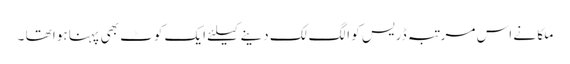
ملکا نے اس مرتبہ ڈریس کو الگ لک دینے کیلئے ایک کوٹ بھی پہنا ہوا تھا ۔